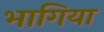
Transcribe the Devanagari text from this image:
भागिया